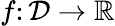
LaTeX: f\colon{\mathcal{D}}\to\mathbb{R}